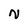
Character: N